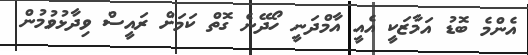
އެންމެ ބޮޑު އަމާޒަކީ އެއީ އާމްދަނީ ހޯދޭނެ ގޮތް ކަމަށް ރައީސް ވިދާޅުވުމުން